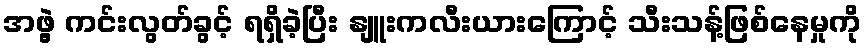
အဖွဲ့ ကင်းလွတ်ခွင့် ရရှိခဲ့ပြီး နျူးကလီးယားကြောင့် သီးသန့်ဖြစ်နေမှုကို